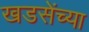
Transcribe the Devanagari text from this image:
खडसेंच्या